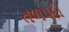
તળપદો